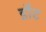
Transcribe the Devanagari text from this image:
डौट